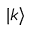
| k \rangle